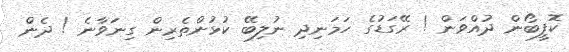
ކޮފީބޯން ދުއްވަން ! ރޭގަޑުގެ ހަމަނިދި ނުލިބޭ ކުޅުންތެރިން ގިނަވާނެ ! ދެން